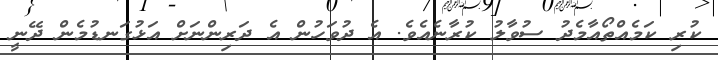
ކުރި ކަމެއްތޯއާމެދު ސުވާލު ކުރާނެއެވެ. އެ ދުވަހުން އެ ދަރިންނަށް އަޅުގަނޑުމެން ދޭނީ